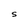
Character: S